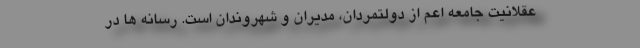
عقلانیت جامعه اعم از دولتمردان، مدیران و شهروندان است. رسانه ها در